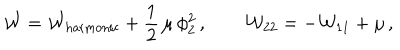
{ \cal W } = { \cal W } _ { \mathrm { h a r m o n i c } } + \frac { 1 } { 2 } \, \mu \, \phi _ { 2 } ^ { 2 } \, , \qquad { \cal W } _ { 2 2 } = - { \cal W } _ { 1 1 } + \mu \, ,